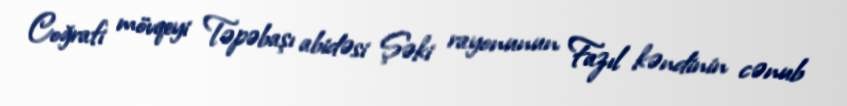
Coğrafi mövqeyi Təpəbaşı abidəsi Şəki rayonunun Fazıl kəndinin cənub